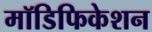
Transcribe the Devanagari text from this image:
मॉडिफिकेशन